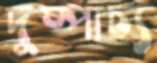
দুষ্পাচ্য